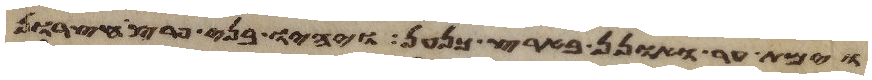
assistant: וימת ער ואונן בארץ כנען ויהיו בני פרץ חצרון